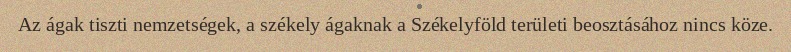
Az ágak tiszti nemzetségek, a székely ágaknak a Székelyföld területi beosztásához nincs köze.